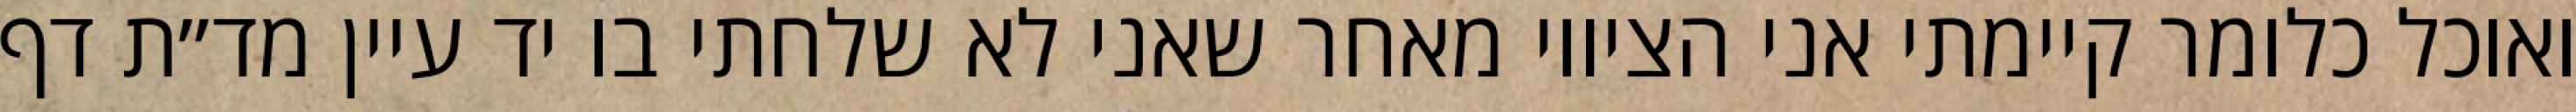
ואוכל כלומר קיימתי אני הציווי מאחר שאני לא שלחתי בו יד עיין מד״ת דף